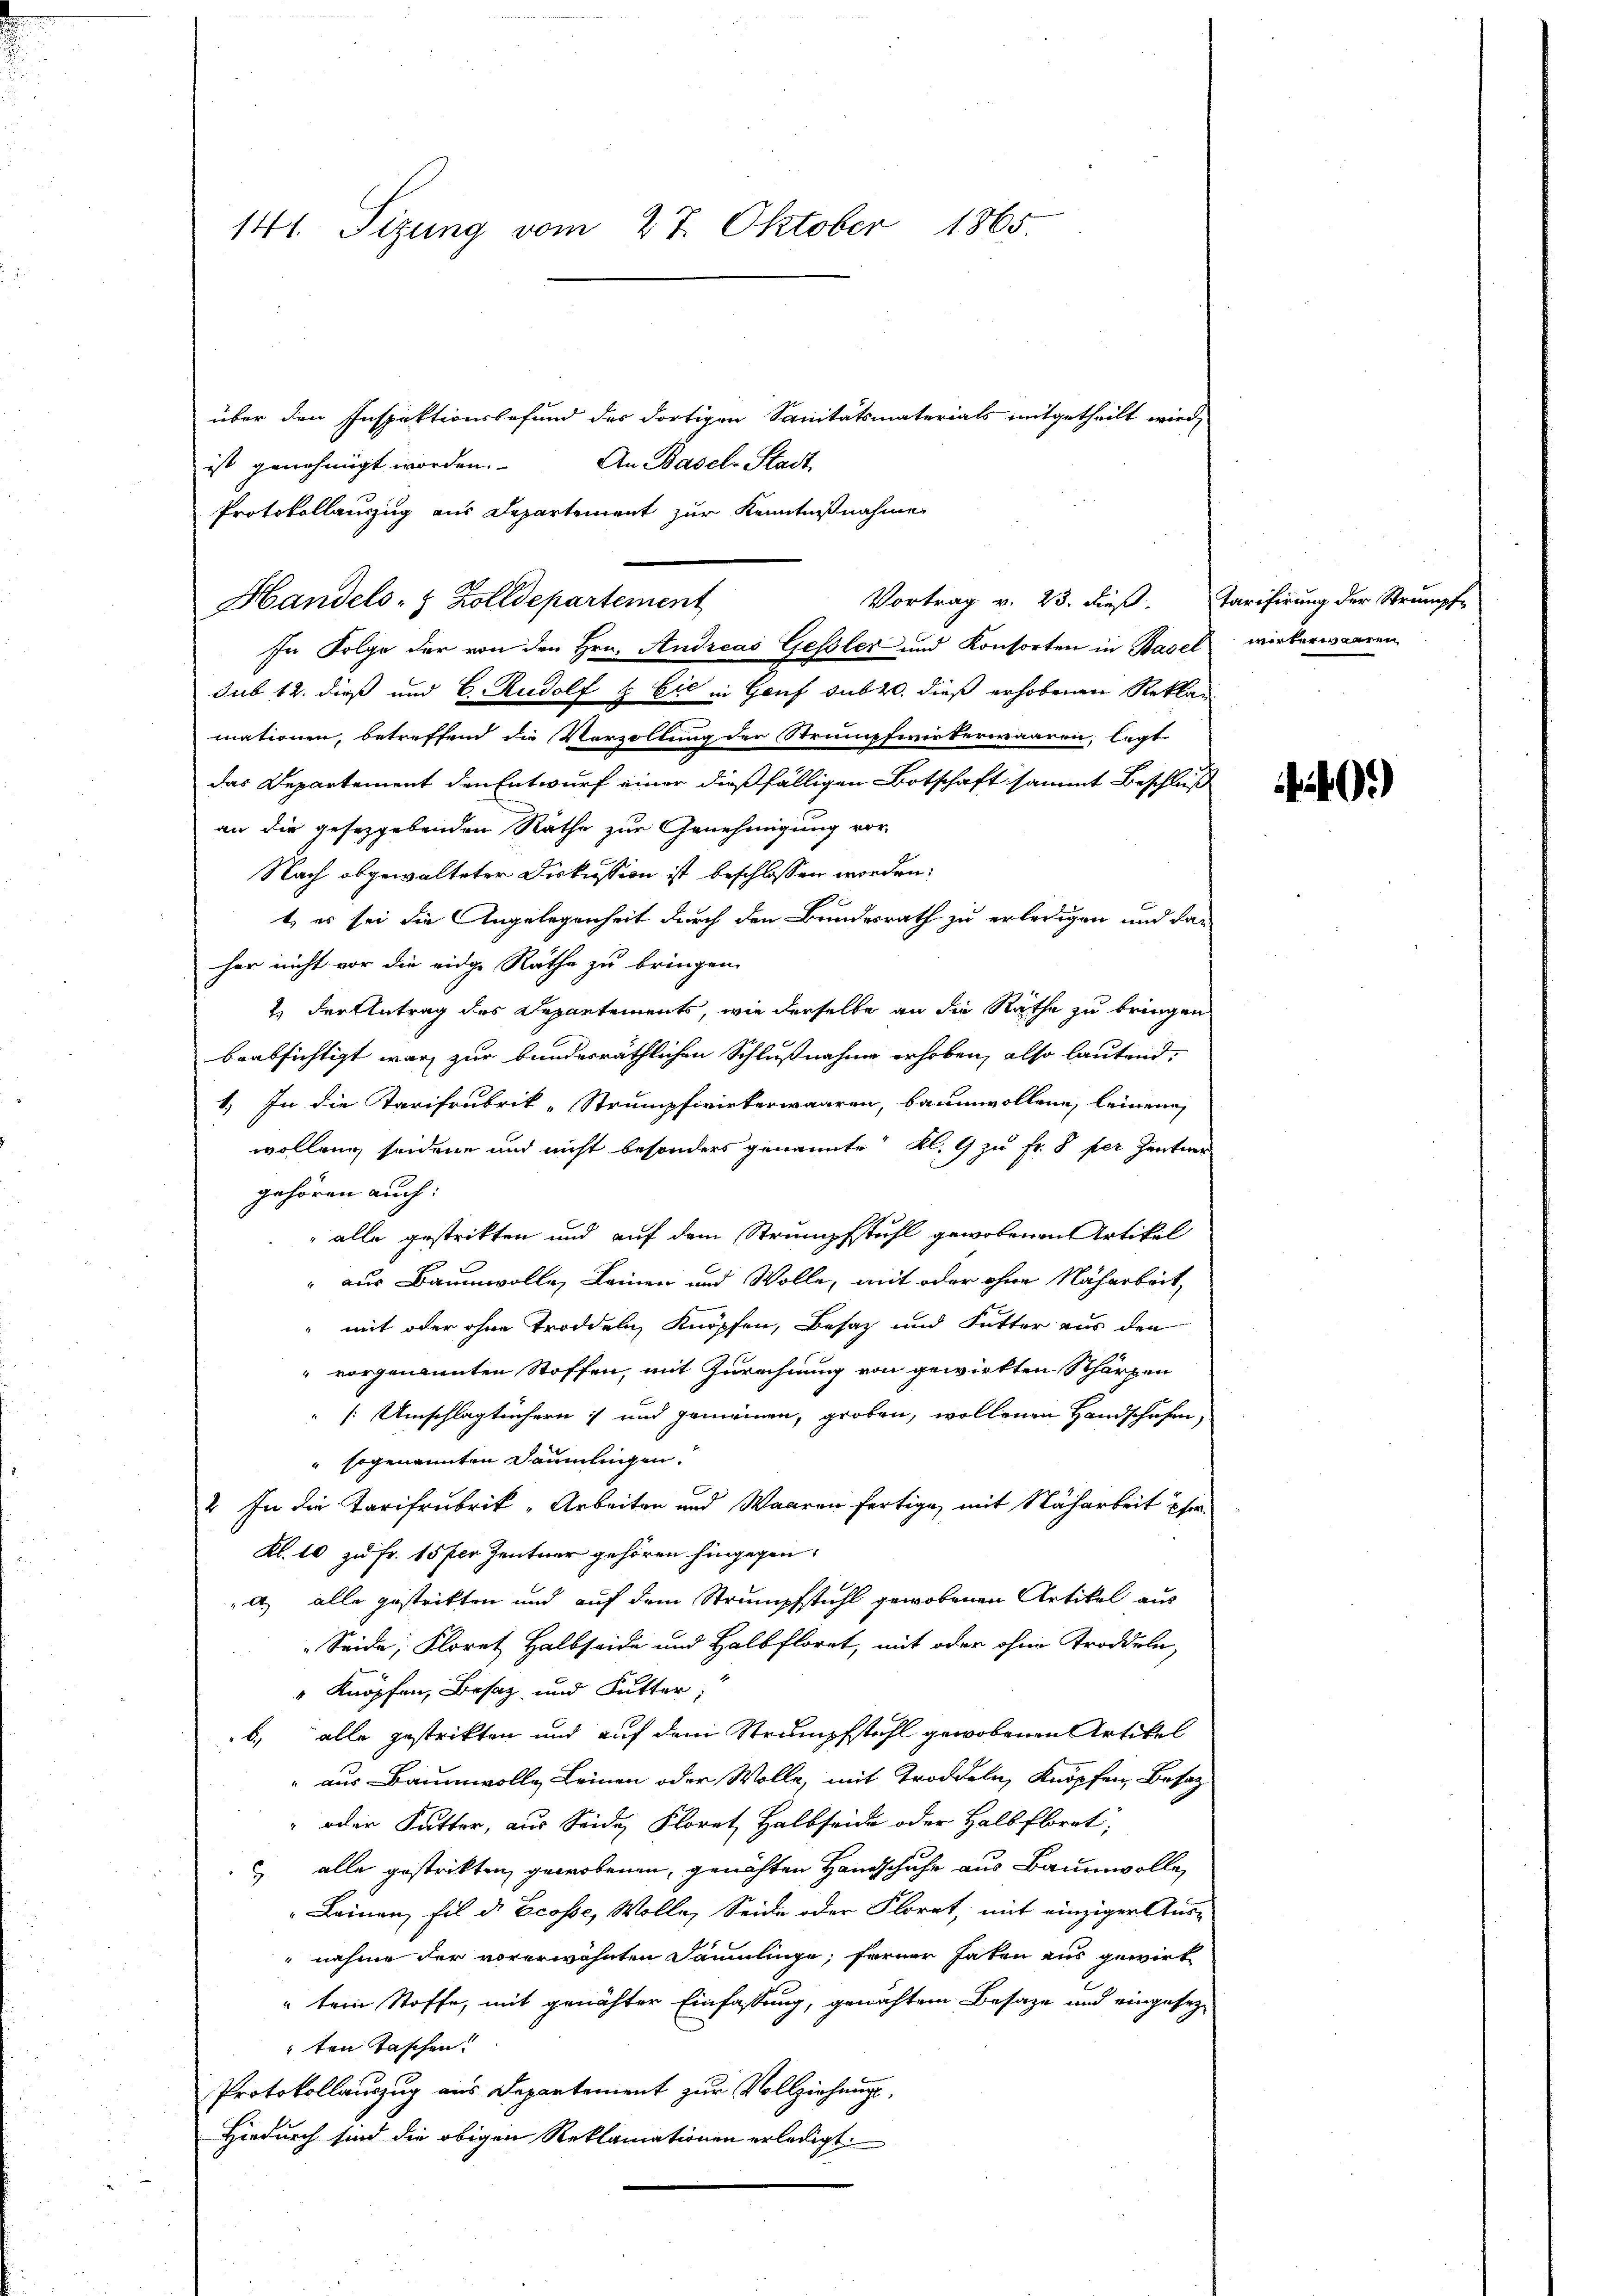
141. Sitzung vom 27. Oktober 1865.

über den Inspektionsbefund der dortigen Sanitätsmaterials mitgetheilt wird,
An Basel-Stadt
ist genehmigt worden.
Protokollauszug aus Departement zur Kenntnißnahme
In Folge der von den Hrn. Andreas Gessler und Konsorten in Basel wirkerwaaren
sub 12. dieß und C. Rudolf & Cie in Genf sub 20. dieß erhobenen Reklamationen, betreffend die Verzollung der Strumpfwiekerwaaren, legt
das Departement den Entwurf einer dießfälligen Botschaft sammt Beschluß
an die gesetzgebenden Räthe zur Genehmigung vor-
Nach abgewalteter Diskussion ist beschlossen worden:
t, es sei die Angelegenheit durch den Bundesrath zu erledigen und daher nicht vor die eidge Räthe zu bringen.
2. Der Antrag des Departements, wie derselbe an die Räthe zu bringen
beabsichtigt war zur bundesräthlichen Schlußnahme erhoben, also lautend,
1. In die Tarifrubrik-Strumpfwinterwaaren, baumwollene, leinen
wollen seidene und nicht besonders genannte Kl. 9 zu Fr. 8 per Zentner
gehören auch:
alle gestritten und auf dem Strumpfstuhl gewobenen Artikel
" zur Baumwolle, Leinen und Wolle, mit oder ohne Nacharbeit,
mit oder ohne Troddeln, Knöpfen, Besatz und Futter aus den
vorgenannten Stoffen, mit Zurechnung von gewirkten Schärpen
[Umschlägtüchern und gemeinen, groben, wollenen Handschufen,
" sogenannten Säumlingen.
2. In die Tarifrubrik „Arbeiten und Waaren fertige, mit Nacharbeit ihre
Kl. 10 zu Fr. 15 per Zentner gehören hingegen.
al, alle gestrikten und auf dem Strumpfstuhl gewobenen Artikel aus
Seide, Floret Halbseide und Halbfloret, mit oder ohne Troddeln,
 Knöpfen, Besaz und Futter,
b., alle gestrikten und auf dem Strumpfstehl gewobenen Artikel
aus Baumwolle Leinen oder Wolle, mit Troddeln, Knöpfen, Besatz
oder Futter, aus Seide Florat Halbseide oder Halbflorat,
 alle gestrikten, gewobenen, genähten Handschuhe aus Baumwolle,
"Leinen, fil d. Ecosse, Wolle, Seide oder Floret, mit einziger Ausnahme der vorerwähnten Sammlinge, ferner haten aus gewirt
" tern Stoffe, mit genähter Einfassung, gewachtem Besage und eingesezten Taschen!
Protokollauszug aus Departement zur Vollziehungs¬
Hiedurch sind die obigen Reklamationen erledigt.

Vortrag v. 23. dieß. Tarifirung der Strumpfe
Handels- & Zolldepartement

40.)